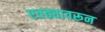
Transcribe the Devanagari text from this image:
एवढ्यावरून